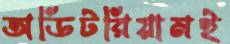
অডিটরিয়ামই